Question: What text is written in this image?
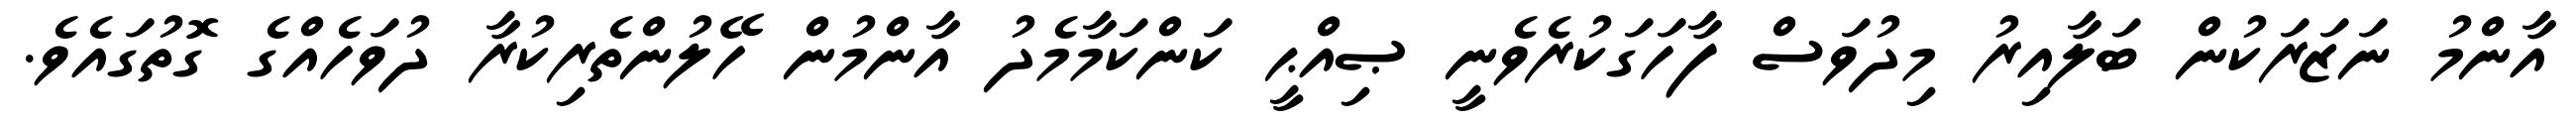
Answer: އާންމު ނަޒަރަކުން ބަލާއިރު މިދުވަސް ފާހަގަކުރެވެނީ ޞިއްޙީ ކަންކަމާމެދު އާންމުން ހޭލުންތެރިކުރާ ދުވަހެއްގެ ގޮތުގައެވެ.